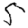
Digit: 5